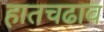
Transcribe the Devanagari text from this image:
हातचढाव